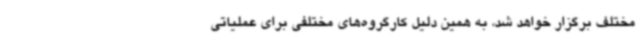
مختلف برگزار خواهد شد، به همین دلیل کارگروه‌های مختلفی برای عملیاتی